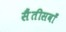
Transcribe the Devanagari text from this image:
सैंतीसवाँ